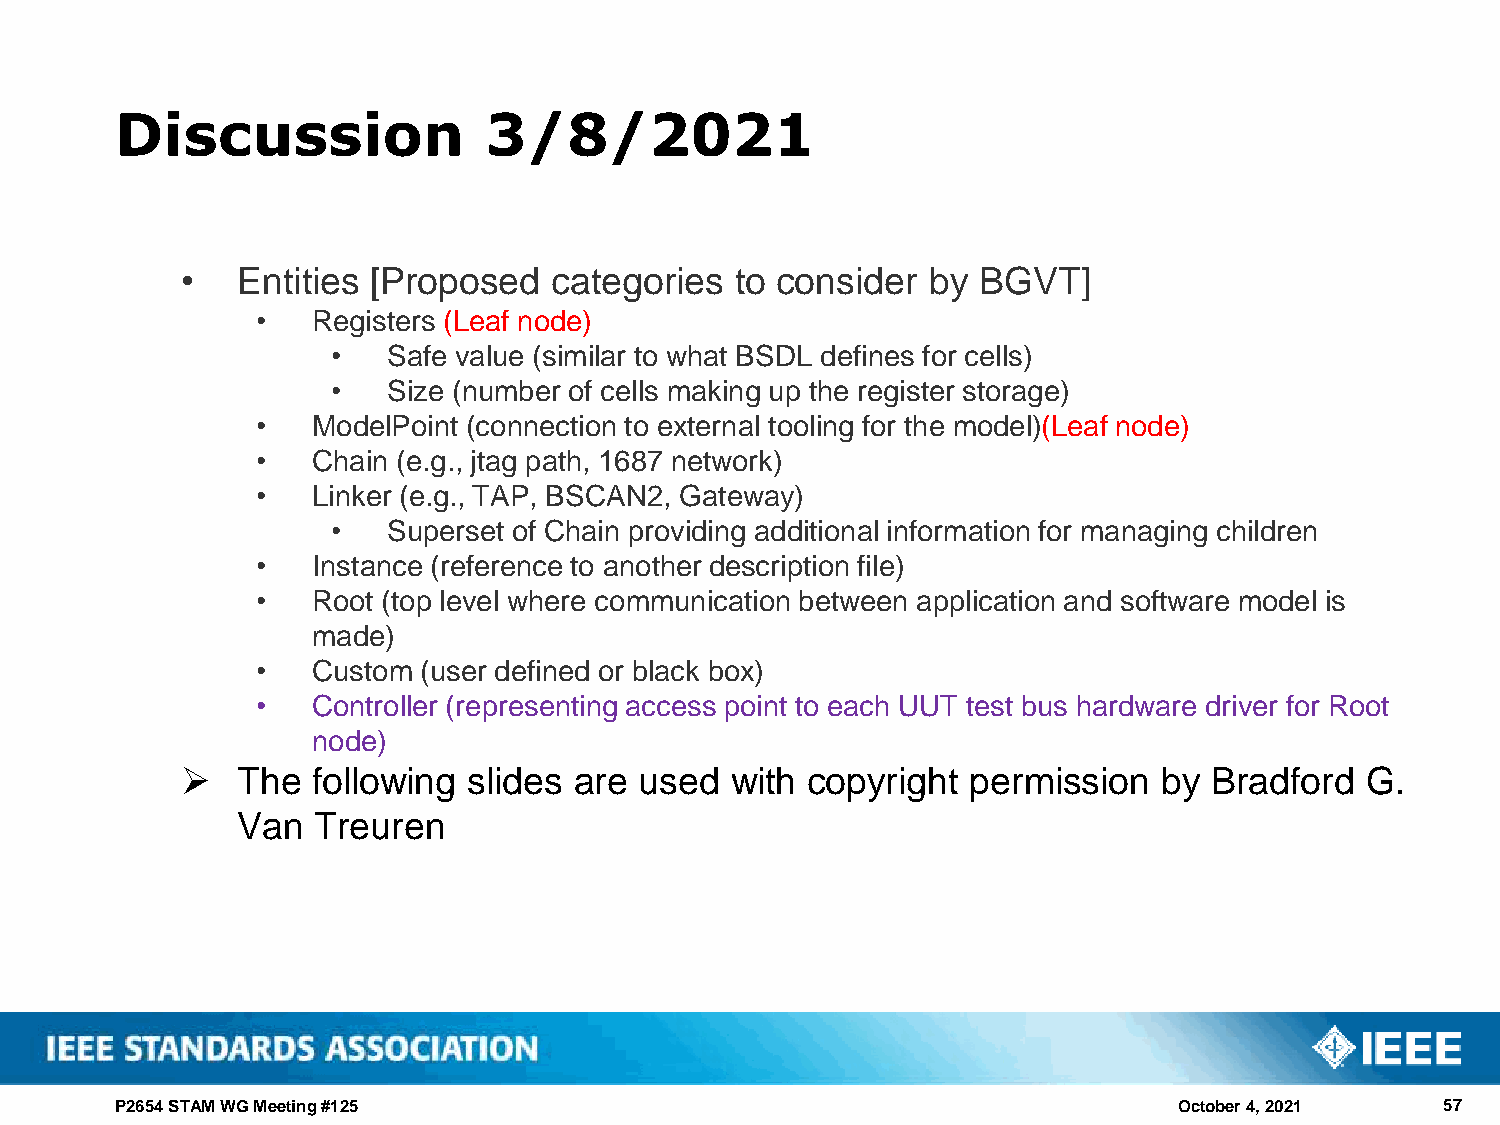
Discussion              3/8/2021
 •   Entities [Proposed   categories  to consider by  BGVT]
 •   Registers (Leaf node)
 •   Safe value (similar to what BSDL defines for cells)
 •   Size (number of cells making up the register storage)
 •   ModelPoint (connection to external tooling for the model)(Leaf node)
 •   Chain (e.g., jtag path, 1687 network)
 •   Linker (e.g., TAP, BSCAN2, Gateway)
 •   Superset of Chain providing additional information for managing children
 •   Instance (reference to another description file)
 •   Root (top level where communication between application and software model is
 made)
 •   Custom (user defined or black box)
 •   Controller (representing access point to each UUT test bus hardware driver for Root
 node)
 ➢   The  following slides are used  with copyright  permission   by Bradford  G.
 Van  Treuren
 P2654 STAM WG Meeting #125                                            October 4, 2021   57